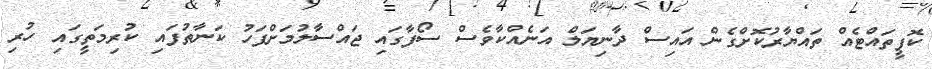
ކޮފީތައްޓެއް ތައްޔާރުކޮށްގެން އައިސް ދާނިޔަލް އަނެއްކާވެސް ސޯފާގައި ޖައްސާލުމަށްފަހު ކަނާތުފައި ކުރިމަތީގައި ހުރި